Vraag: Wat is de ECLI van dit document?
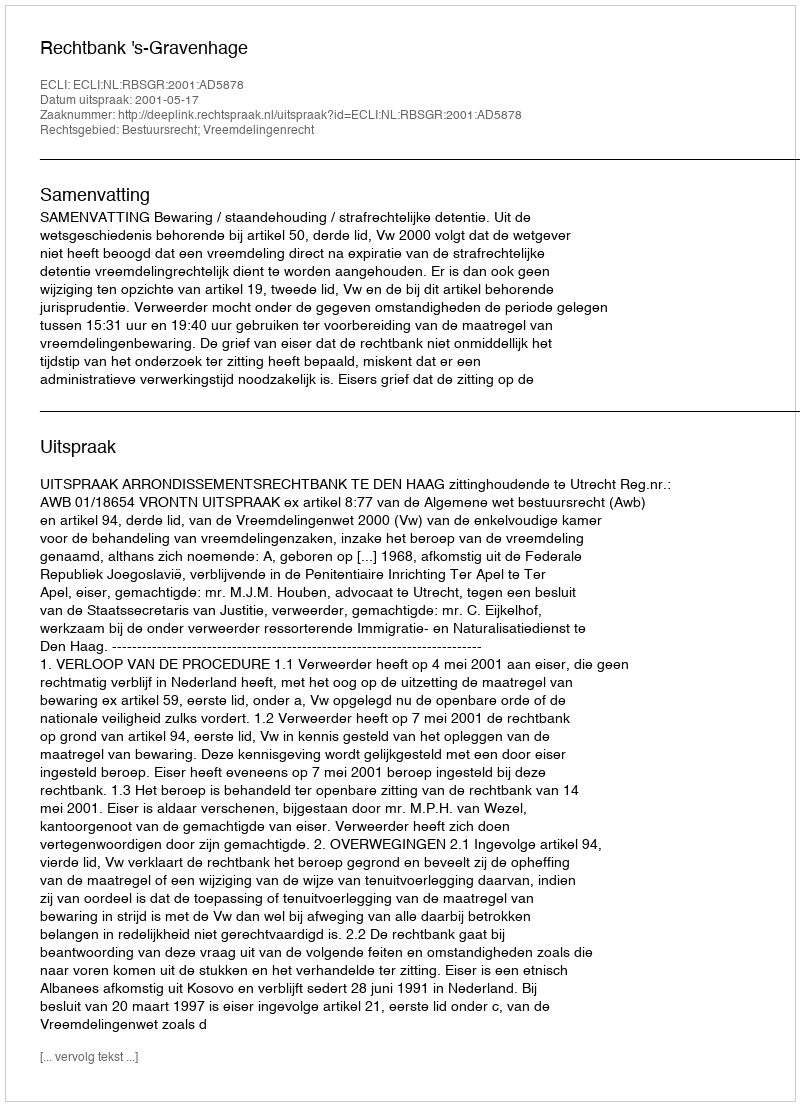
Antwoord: ECLI:NL:RBSGR:2001:AD5878